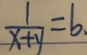
\frac { 1 } { x + y } = b .